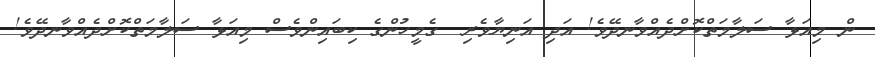
ން މިއަޅާ ސަލާމަތްކޮށްދެއްވާނދޭވެ! އަދި އަނިޔާވެރި  ގެމީހުންގެ ކިބައިންވެސް މިއަޅާ ސަލާމަތްކޮށްދެއްވާނދޭވެ!